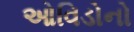
ઓવિડોનો